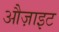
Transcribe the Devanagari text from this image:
औज़ाइट